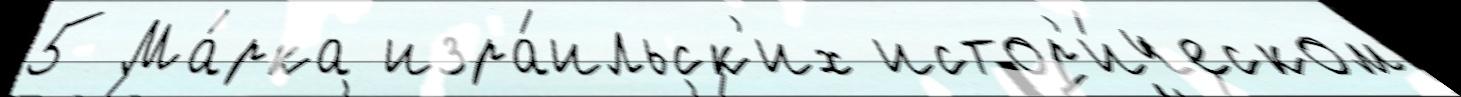
5 Ма́рка изра́ильск'их истор'и́ческом